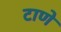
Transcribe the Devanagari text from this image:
टाणे